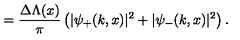
= \frac { \Delta \Lambda ( x ) } { \pi } \left( | \psi _ { + } ( k , x ) | ^ { 2 } + | \psi _ { - } ( k , x ) | ^ { 2 } \right) .